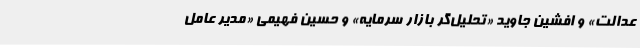
عدالت» و افشین جاوید «تحلیل‌گر بازار سرمایه» و حسین فهیمی «مدیر عامل